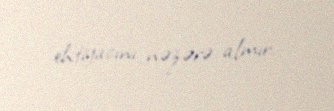
ehtiyacını nəzərə almır.